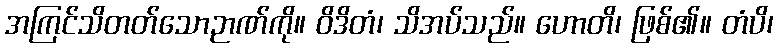
အကြင်သိတတ်သောဉာဏ်ကို။ ဝိဒိတံ၊ သိအပ်သည်။ ဟောတိ၊ ဖြစ်၏။ တံပိ၊